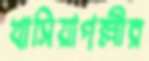
খাসিয়াপল্লীর